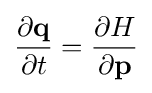
{\dfrac {\partial \mathbf {q} }{\partial t}}={\dfrac {\partial H}{\partial \mathbf {p} }}